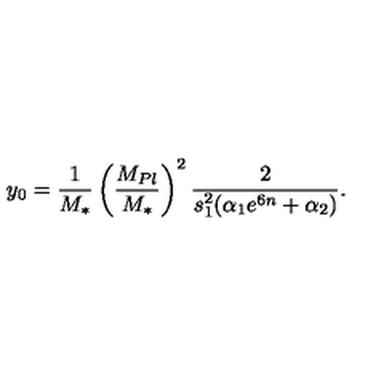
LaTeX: y _ { 0 } = { \frac { 1 } { M _ { * } } } \left( \frac { M _ { P l } } { M _ { * } } \right) ^ { 2 } { \frac { 2 } { s _ { 1 } ^ { 2 } ( \alpha _ { 1 } e ^ { 6 n } + \alpha _ { 2 } ) } } .